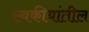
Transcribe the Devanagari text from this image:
स्वकीयांतील